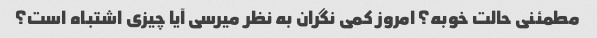
مطمئنی حالت خوبه؟ امروز کمی نگران به نظر میرسی آیا چیزی اشتباه است؟